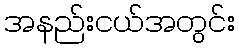
အနည်းငယ်အတွင်း